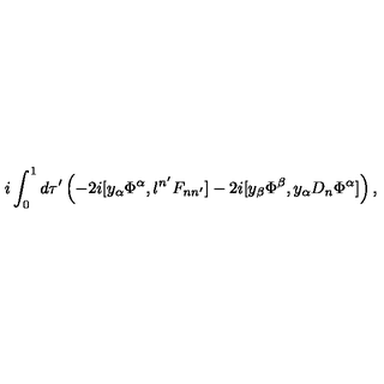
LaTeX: i \int _ { 0 } ^ { 1 } d \tau ^ { \prime } \left( - 2 i [ y _ { \alpha } \Phi ^ { \alpha } , l ^ { n ^ { \prime } } F _ { n n ^ { \prime } } ] - 2 i [ y _ { \beta } \Phi ^ { \beta } , y _ { \alpha } D _ { n } \Phi ^ { \alpha } ] \right) ,